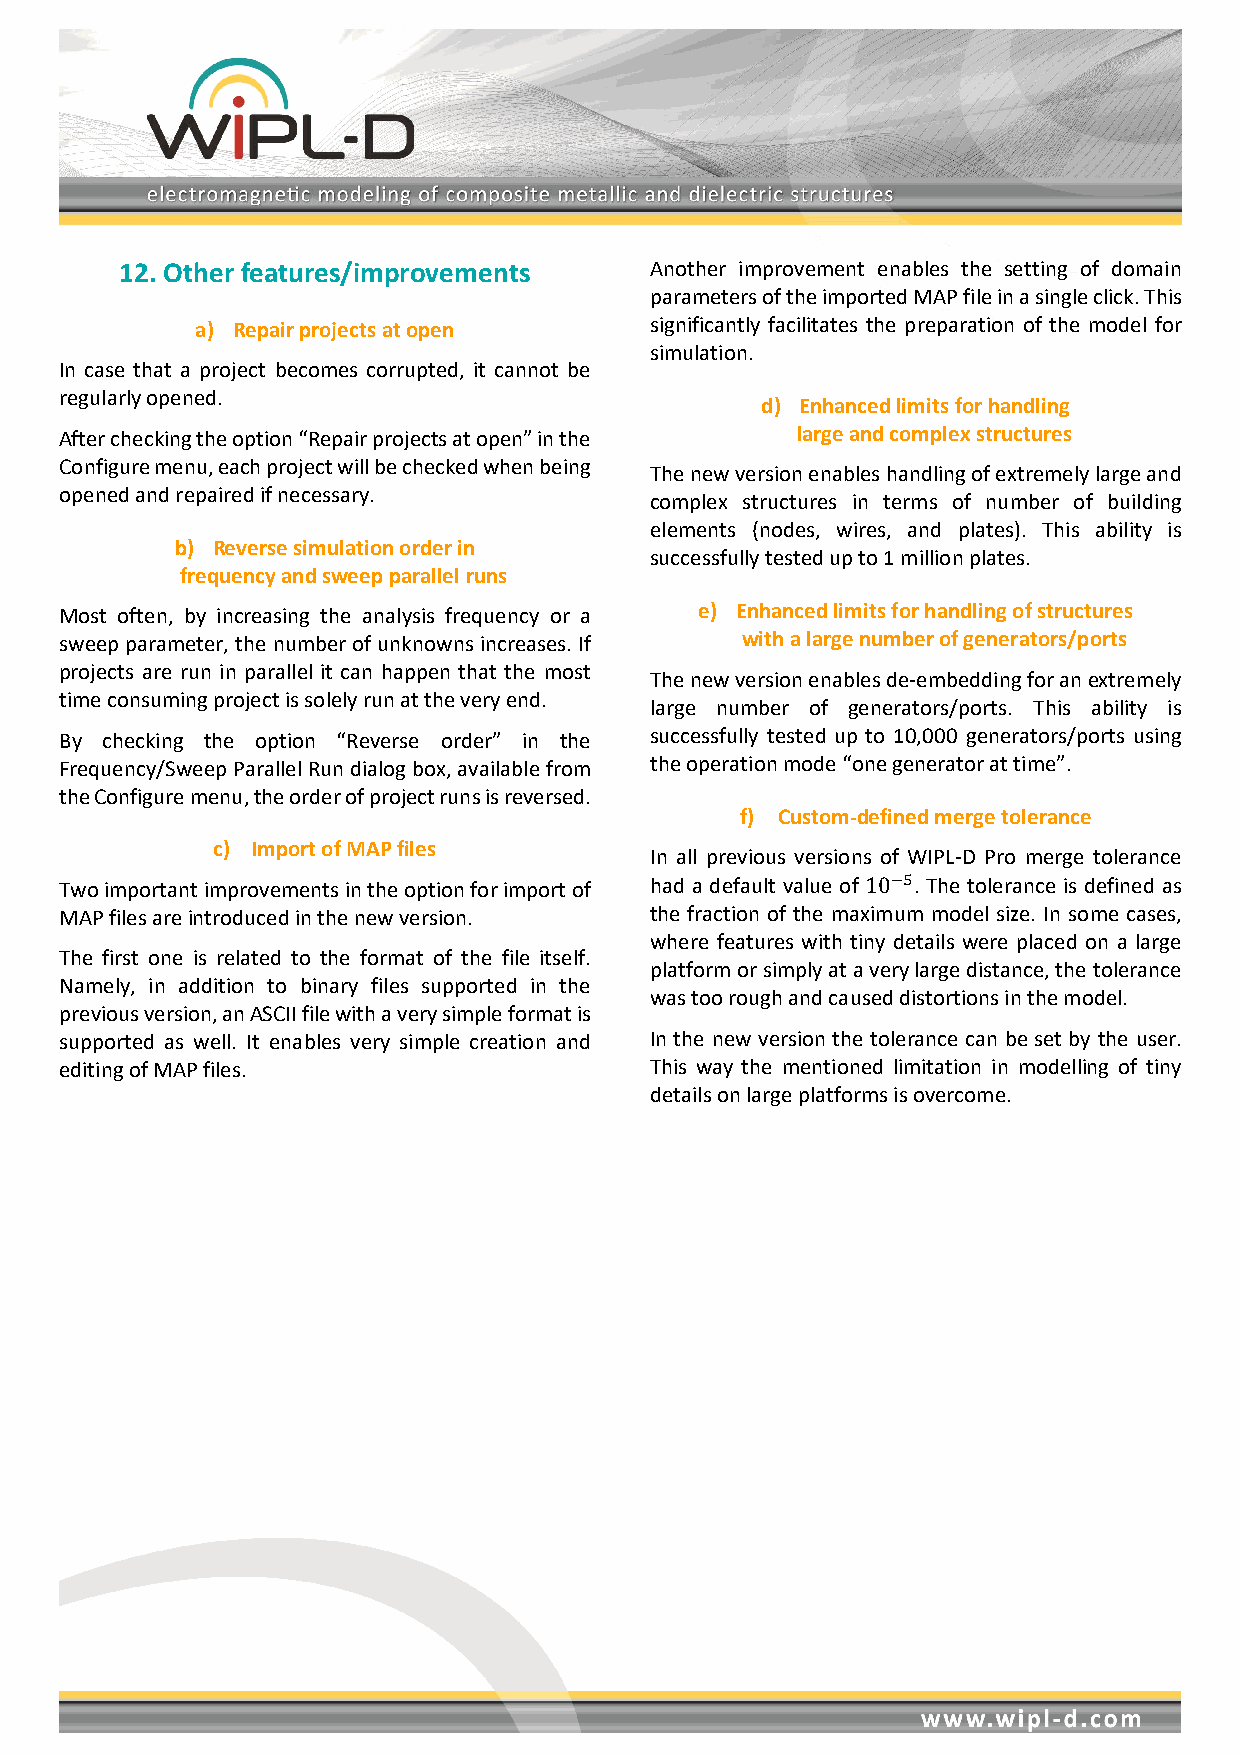
12. Other features/improvements    Another improvement enables the setting of domain
 parameters of the imported MAP file in a single click. This
 a) Repair projects at open    significantly facilitates the preparation of the model for
 simulation.
 In case that a project becomes corrupted, it cannot be
 regularly opened.
 d) Enhanced limits for handling
 After checking the option “Repair projects at open” in the large and complex structures
 Configure menu, each project will be checked when being
 The new version enables handling of extremely large and
 opened and repaired if necessary.
 complex structures in terms of number of building
 elements (nodes, wires, and plates). This ability is
 b) Reverse simulation order in
 successfully tested up to 1 million plates.
 frequency and sweep parallel runs
 Most often, by increasing the analysis frequency or a e) Enhanced limits for handling of structures
 sweep parameter, the number of unknowns increases. If with a large number of generators/ports
 projects are run in parallel it can happen that the most
 The new version enables de-embedding for an extremely
 time consuming project is solely run at the very end.
 large number of generators/ports. This ability is
 By checking the option “Reverse order” in the successfully tested up to 10,000 generators/ports using
 Frequency/Sweep Parallel Run dialog box, available from the operation mode “one generator at time”.
 the Configure menu, the order of project runs is reversed.
 f) Custom-defined merge tolerance
 c) Import of MAP files
 In all previous versions of WIPL-D Pro merge tolerance
 Two important improvements in the option for import of had a default value of . The tolerance is defined as
 MAP files are introduced in the new version. the fraction of the maxim−u5m model size. In some cases,
 10
 where features with tiny details were placed on a large
 The first one is related to the format of the file itself.
 platform or simply at a very large distance, the tolerance
 Namely, in addition to binary files supported in the
 was too rough and caused distortions in the model.
 previous version, an ASCII file with a very simple format is
 supported as well. It enables very simple creation and In the new version the tolerance can be set by the user.
 editing of MAP files.                  This way the mentioned limitation in modelling of tiny
 details on large platforms is overcome.